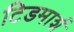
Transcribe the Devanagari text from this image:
टिडमार्श